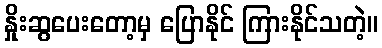
နှိုးဆွပေးတော့မှ ပြောနိုင် ကြားနိုင်သတဲ့။